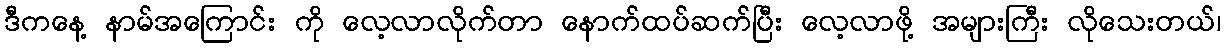
ဒီကနေ့ နာမ်အကြောင်း ကို လေ့လာလိုက်တာ နောက်ထပ်ဆက်ပြီး လေ့လာဖို့ အများကြီး လိုသေးတယ်၊